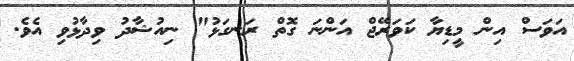
އަވަސް އިން މީޑިޔާ ކަވަރޭޖް އަންނަ ގޮތް ރަނގަޅު" ނިއުޝާދު ވިދާޅުވި އެވެ.